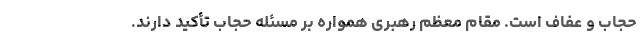
حجاب و عفاف است. مقام معظم رهبری همواره بر مسئله حجاب تأکید دارند.